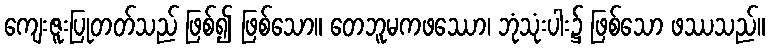
ကျေးဇူးပြုတတ်သည် ဖြစ်၍ ဖြစ်သော။ တေဘူမကဖဿော၊ ဘုံသုံးပါး၌ ဖြစ်သော ဖဿသည်။